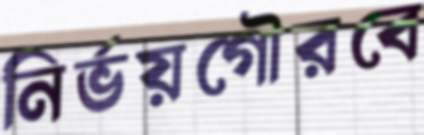
নির্ভয়গৌরবে